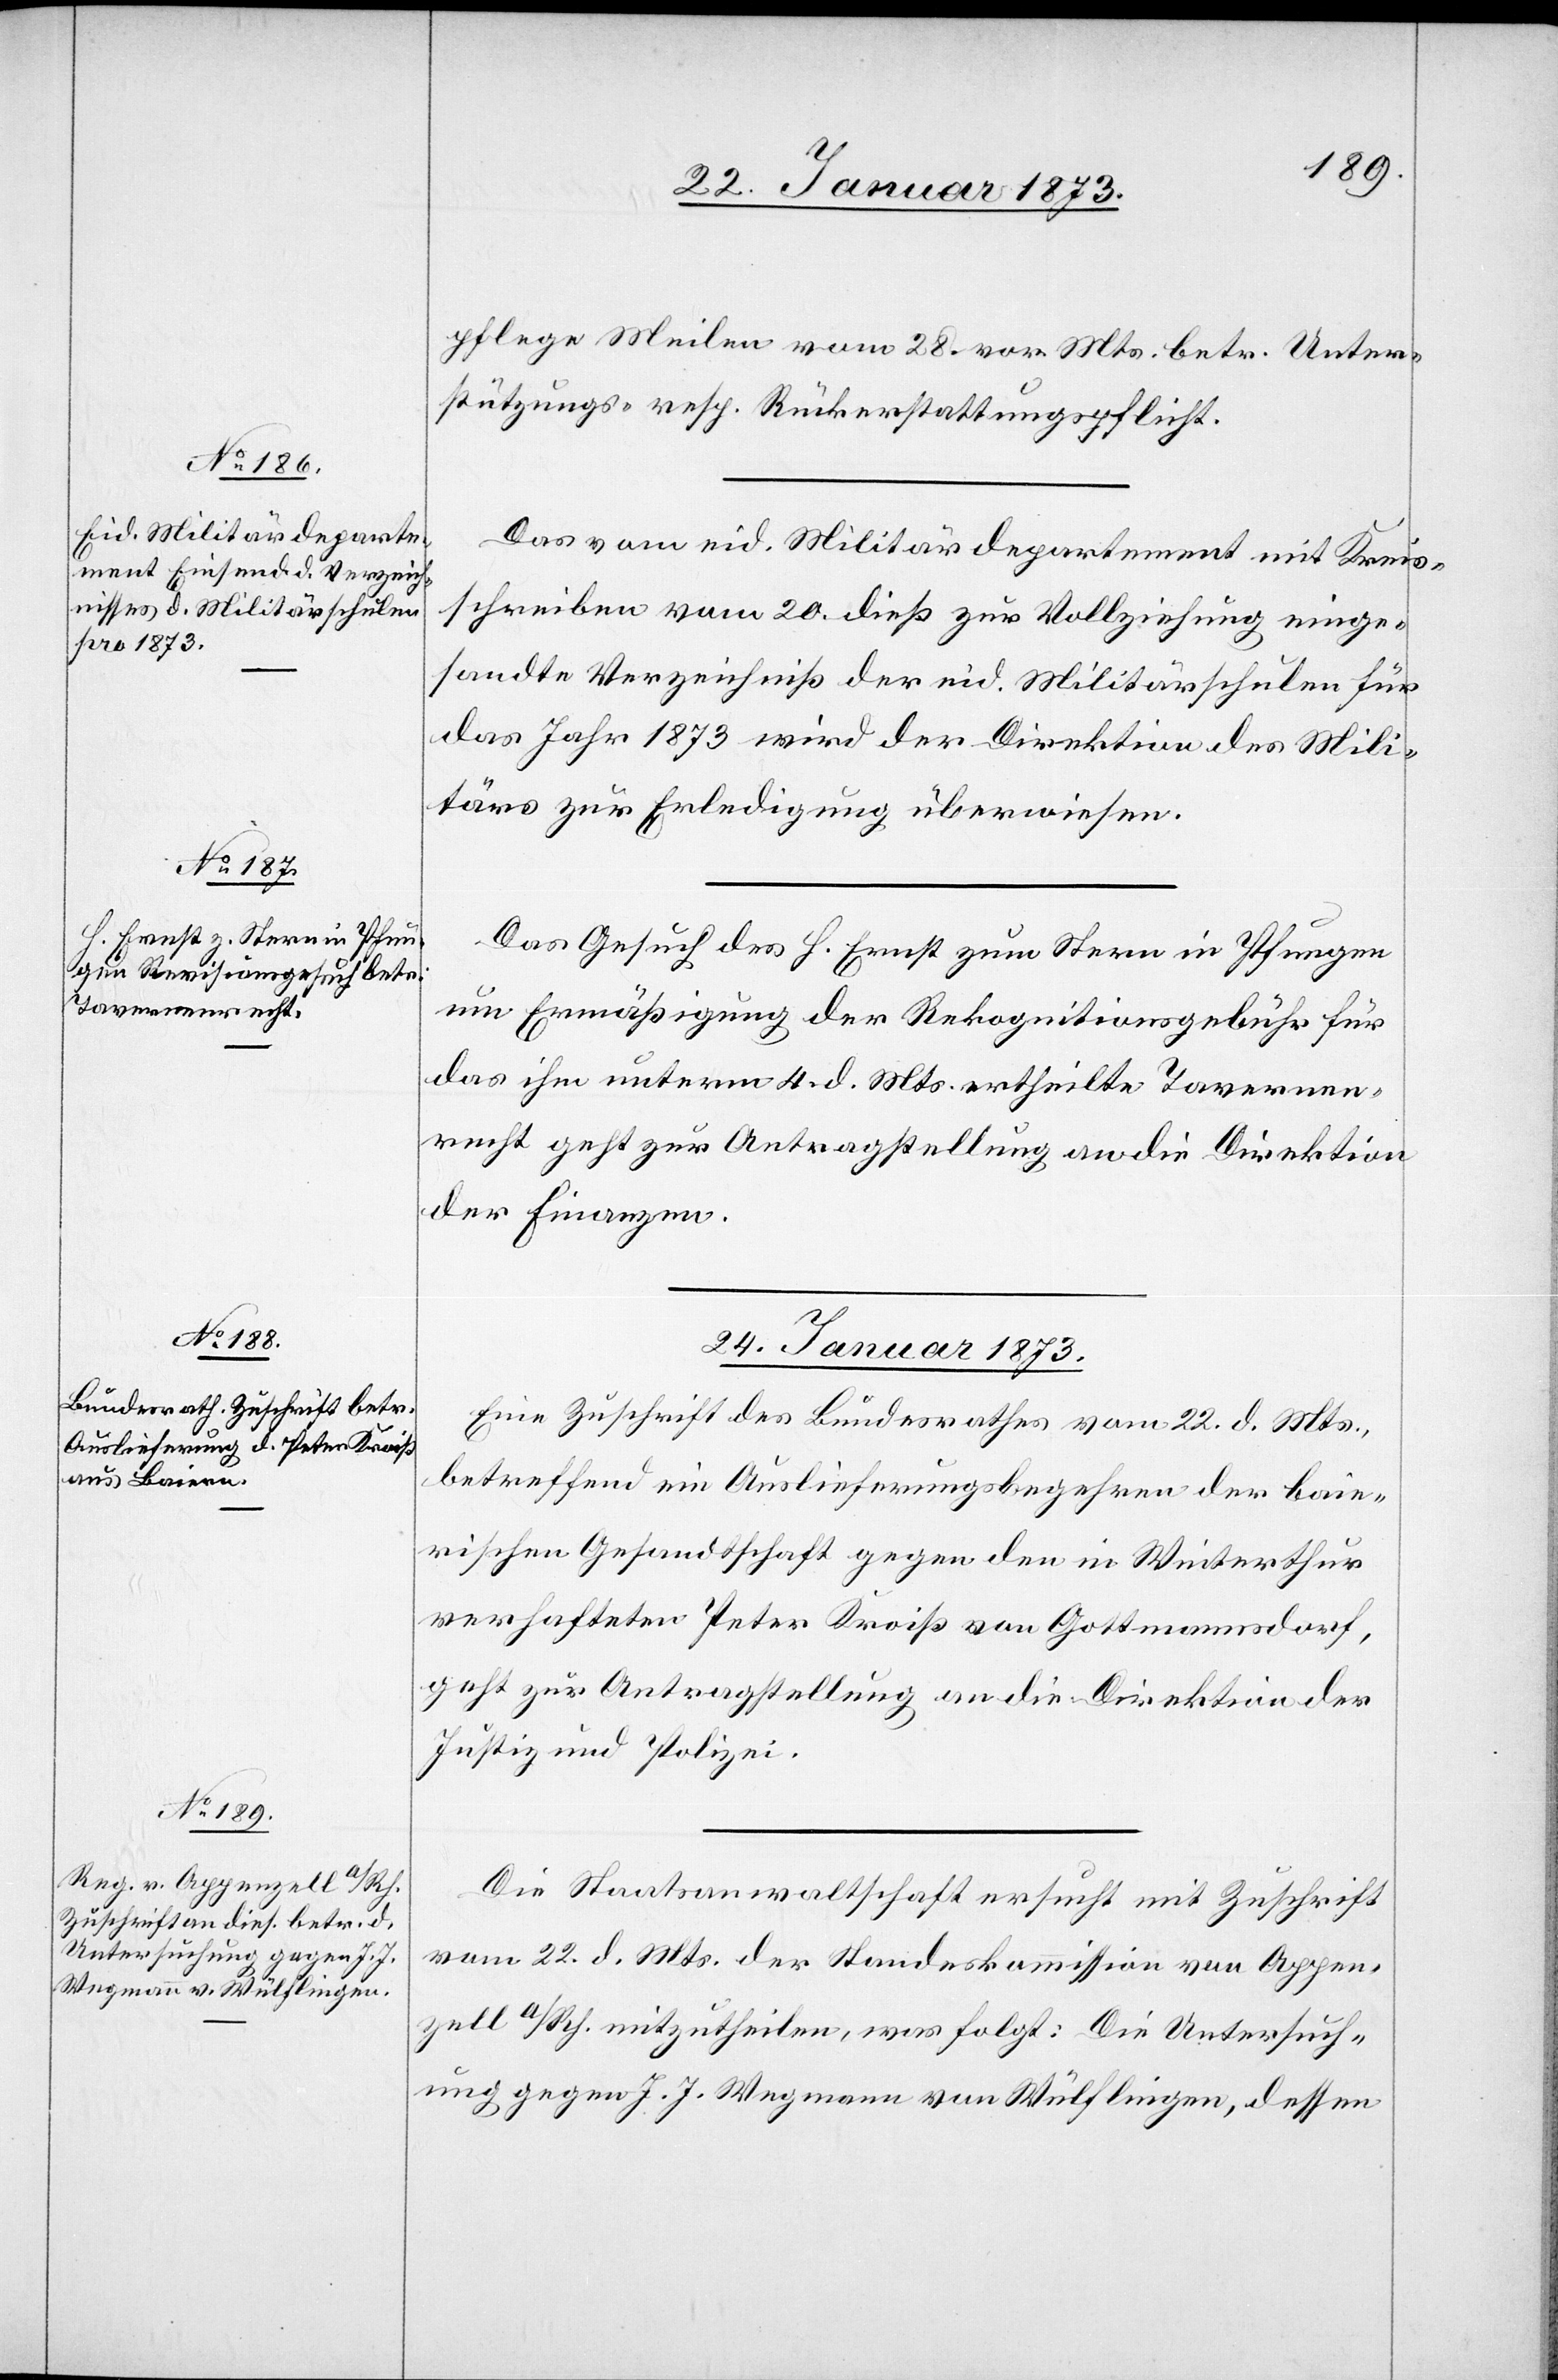
24. Januar 1873.]
pflege Meilen vom 28. vor. Mts. betr. Unter¬
stützungs- resp. Rückerstattungspflicht.
Das vom eid. Militärdepartement mit Kreis¬
schreiben vom 20. dieß zur Vollziehung einge¬
sandte Verzeichniß der eid. Militärschulen für
das Jahr 1873 wird der Direktion des Mili¬
tärs zur Erledigung überwiesen.
Das Gesuch des H. Ernst zum Stern in Pfungen
um Ermäßigung der Rekognitionsgebühr für
das ihm unterm 4. d. Mts. ertheilte Tavernen¬
recht geht zur Antragstellung an die Direktion
der Finanzen.
24. Januar 1873.
Eine Zuschrift des Bundesrathes vom 22. d. Mts.,
betreffend ein Auslieferungsbegehren der baie¬
rischen Gesandtschaft gegen den in Winterthur
verhafteten Peter Kroiß von Gottmannsdorf,
geht zur Antragstellung an die Direktion der
Justiz und Polizei.
Die Staatsanwaltschaft ersucht mit Zuschrift
vom 22. d. Mts. der Standeskommission von Appen¬
zell a/Rh. mitzutheilen, was folgt: Die Untersuch¬
ung gegen J. J. Wegmann von Wülflingen, dessen